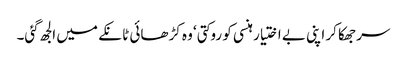
سر جھکا کر اپنی بے اختیار ہنسی کو روکتی‘ وہ کڑھائی ٹانکے میں الجھ گئی۔